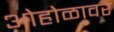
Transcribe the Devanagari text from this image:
ओहोळावर